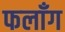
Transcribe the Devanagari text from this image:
फलाँग